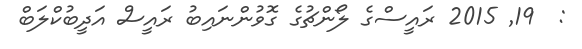
:  19